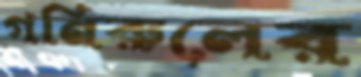
গনিরুলের